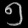
Digit: ၅